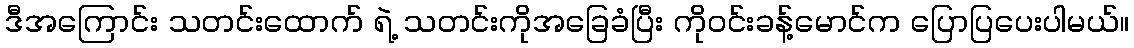
ဒီအကြောင်း သတင်းထောက် ရဲ့ သတင်းကိုအခြေခံပြီး ကိုဝင်းခန့်မောင်က ပြောပြပေးပါမယ်။